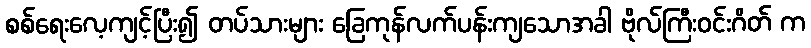
စစ်ရေးလေ့ကျင့်ပြီး၍ တပ်သားများ ခြေကုန်လက်ပန်းကျသောအခါ ဗိုလ်ကြီးဝင်းဂိတ် က